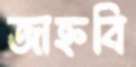
জাহ্নবি